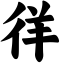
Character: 徉